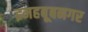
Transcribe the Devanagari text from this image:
इमहबूबनगर